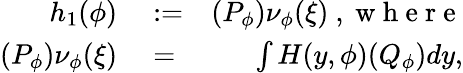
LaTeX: \begin{array}{rlr}{h_{1}(\phi)}&{{}:=}&{(P_{\phi})\nu_{\phi}(\xi)\mathrm{~,~w~h~e~r~e~}}\\ {(P_{\phi})\nu_{\phi}(\xi)}&{{}=}&{\int H(y,\phi)(Q_{\phi})dy,}\end{array}